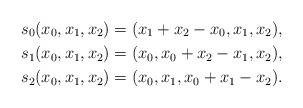
LaTeX: \begin{gather*}s_0(x_0,x_1,x_2) = (x_1+x_2-x_0,x_1,x_2),\\s_1(x_0,x_1,x_2) = (x_0,x_0+x_2-x_1,x_2),\\s_2(x_0,x_1,x_2) = (x_0,x_1,x_0+x_1-x_2).\end{gather*}